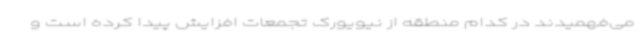
می‌فهمیدند در کدام منطقه از نیویورک تجمعات افزایش پیدا کرده است و